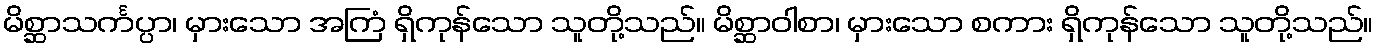
မိစ္ဆာသင်္ကပ္ပာ၊ မှားသော အကြံ ရှိကုန်သော သူတို့သည်။ မိစ္ဆာဝါစာ၊ မှားသော စကား ရှိကုန်သော သူတို့သည်။